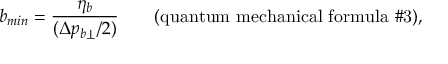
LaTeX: b _ { m i n } = \frac { \eta _ { b } } { ( \Delta p _ { b \perp } / 2 ) } \qquad \mathrm { ( q u a n t u m ~ m e c h a n i c a l ~ f o r m u l a ~ \# 3 ) , }